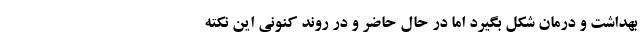
بهداشت و درمان شکل بگیرد اما در حال حاضر و در روند کنونی این نکته